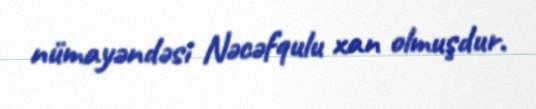
nümayəndəsi Nəcəfqulu xan olmuşdur.